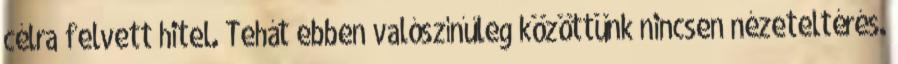
célra felvett hitel. Tehát ebben valószínűleg közöttünk nincsen nézeteltérés.